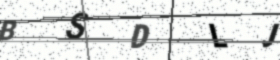
Text: BSDLJ